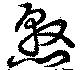
憝